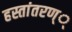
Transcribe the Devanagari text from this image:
हस्तांतरण््